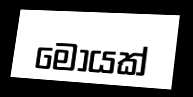
මොයක්